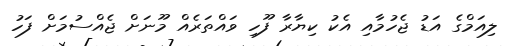
ލިއަމްގެ އަޑު ޖެހުމާއި އެކު ކިޔާރާ ފޫހި ވައްތަރެއް މޫނަށް ޖެއްސުމަށް ފަހު